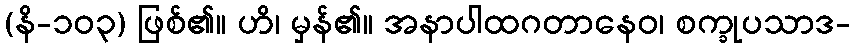
(နိ-၁၀၃) ဖြစ်၏။ ဟိ၊ မှန်၏။ အနာပါထဂတာနေဝ၊ စက္ခုပသာဒ-